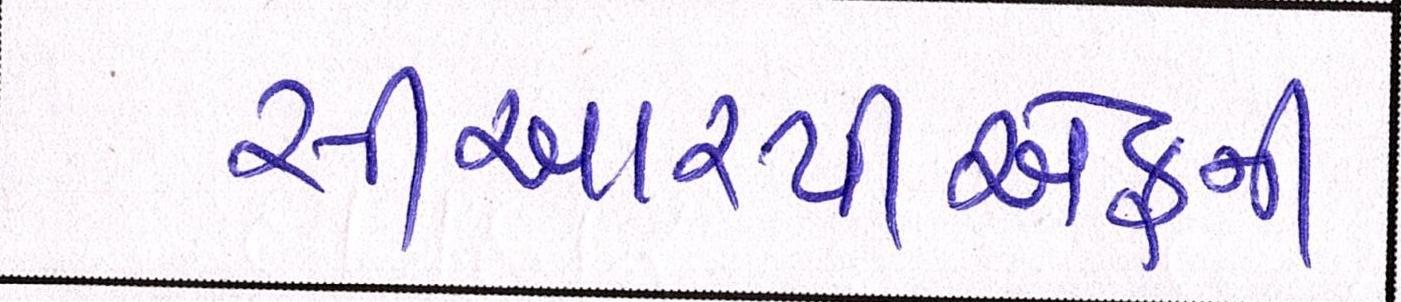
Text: સીઆરપીએફની